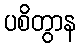
ပစိတွာန